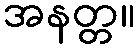
အနတ္တ။